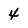
Character: 4